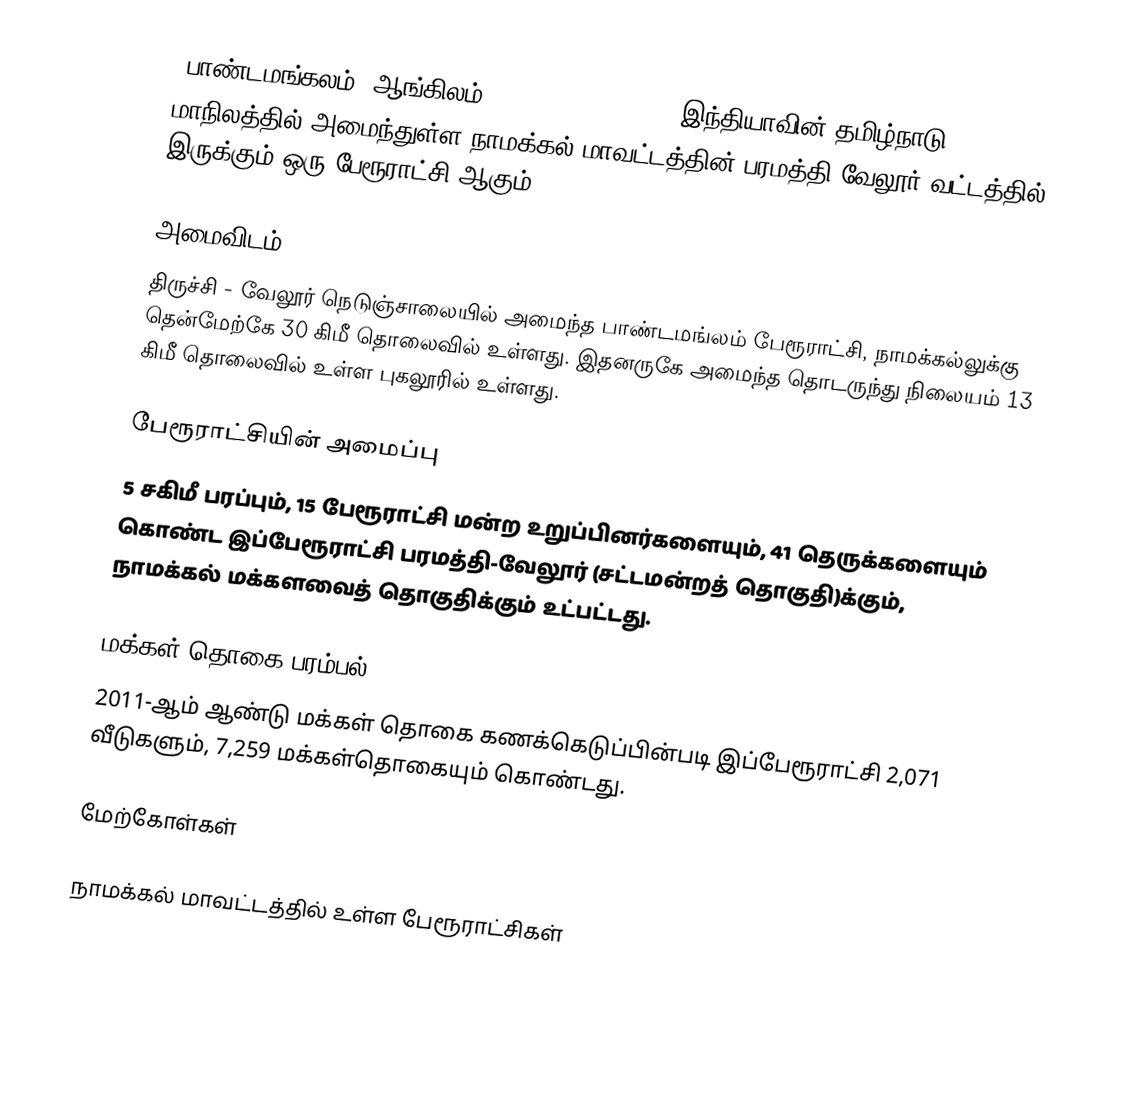
'பாண்டமங்கலம் (ஆங்கிலம்:Paundamangalam'''), இந்தியாவின் தமிழ்நாடு மாநிலத்தில் அமைந்துள்ள நாமக்கல் மாவட்டத்தின் பரமத்தி வேலூர் வட்டத்தில் இருக்கும் ஒரு பேரூராட்சி ஆகும்.

அமைவிடம்
திருச்சி - வேலூர் நெடுஞ்சாலையில் அமைந்த பாண்டமங்லம் பேரூராட்சி, நாமக்கல்லுக்கு தென்மேற்கே 30 கிமீ தொலைவில் உள்ளது. இதனருகே அமைந்த தொடருந்து நிலையம் 13 கிமீ தொலைவில் உள்ள   புகலூரில் உள்ளது.

பேரூராட்சியின் அமைப்பு
5 சகிமீ பரப்பும்,  15 பேரூராட்சி மன்ற  உறுப்பினர்களையும், 41 தெருக்களையும் கொண்ட இப்பேரூராட்சி பரமத்தி-வேலூர்   (சட்டமன்றத் தொகுதி)க்கும், நாமக்கல் மக்களவைத் தொகுதிக்கும் உட்பட்டது.

மக்கள் தொகை பரம்பல்
2011-ஆம் ஆண்டு மக்கள் தொகை கணக்கெடுப்பின்படி  இப்பேரூராட்சி     2,071 வீடுகளும்,  7,259 மக்கள்தொகையும் கொண்டது.

மேற்கோள்கள்

நாமக்கல் மாவட்டத்தில் உள்ள பேரூராட்சிகள்